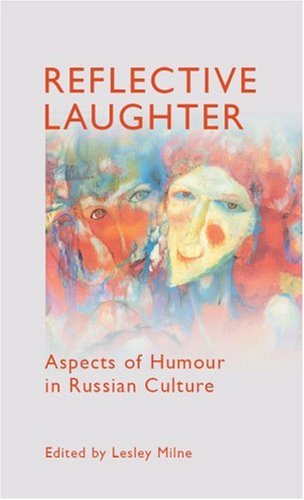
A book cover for Reflective Laughter: Aspects of Humour in Russian Culture (Anthem Series on Russian, East European and Eurasian Studies); Humor & Entertainment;